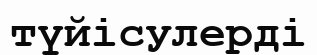
түйісулерді